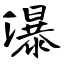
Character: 瀑